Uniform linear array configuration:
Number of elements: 24
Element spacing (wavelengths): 0.25
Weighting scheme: binomial
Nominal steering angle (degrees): -45
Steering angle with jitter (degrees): -46.931
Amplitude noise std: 0.05
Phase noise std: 0.05

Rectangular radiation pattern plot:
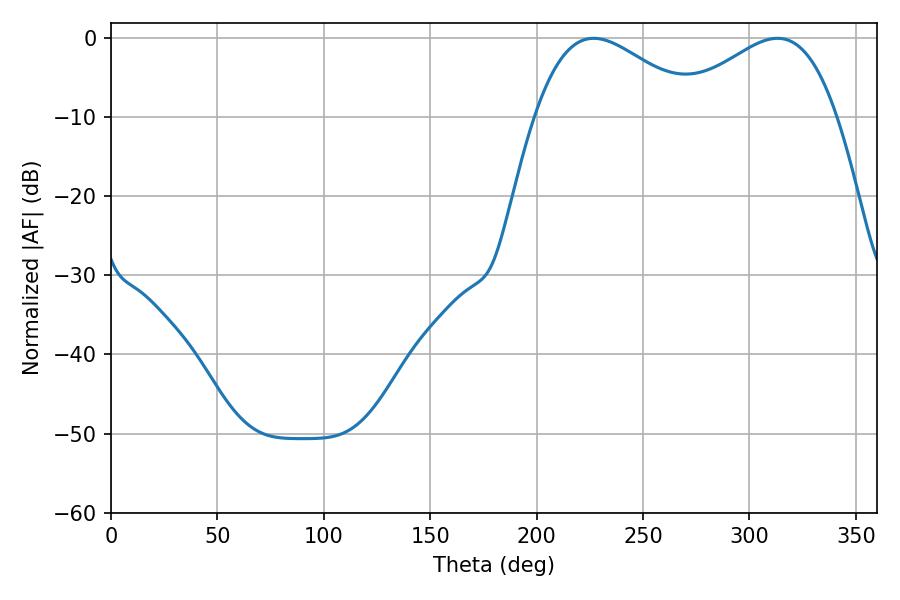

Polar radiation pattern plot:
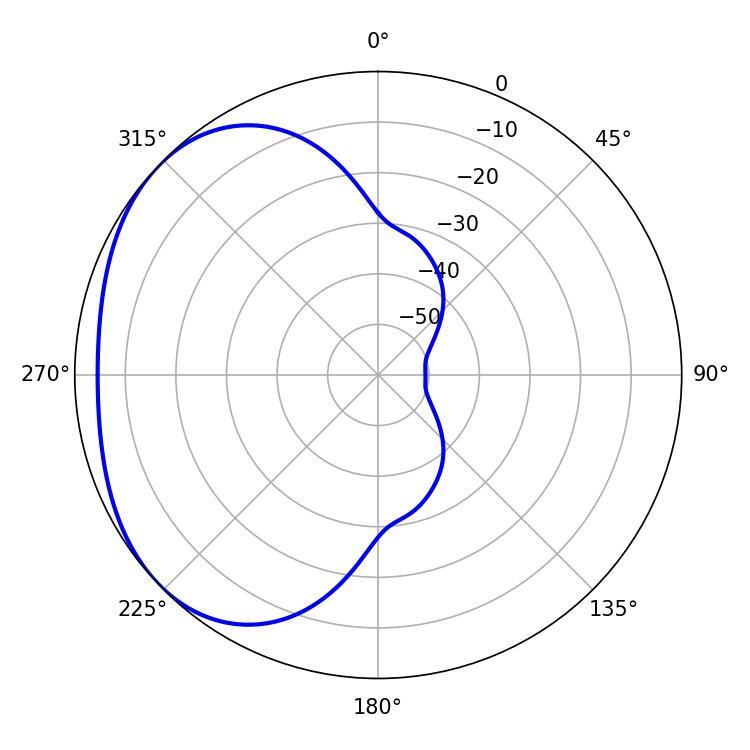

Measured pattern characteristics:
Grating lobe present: FALSE
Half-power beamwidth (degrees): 41.22
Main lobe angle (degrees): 226.8